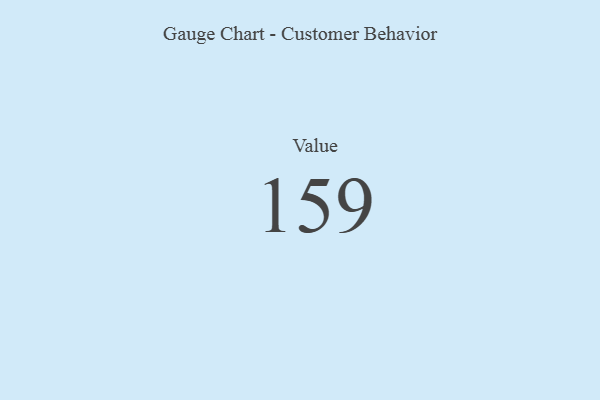
{"axis": {"x": "Metric", "y": "Value"}, "legend": [""], "data": [{"x": "Value", "y": 159, "type": ""}]}